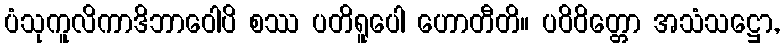
ပံသုကူလိကာဒိဘာဝေါပိ စဿ ပတိရူပေါ ဟောတီတိ။ ပဝိဝိတ္တော အသံသဋ္ဌော,